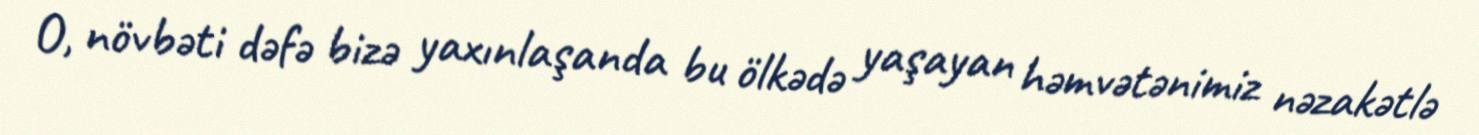
O, növbəti dəfə bizə yaxınlaşanda bu ölkədə yaşayan həmvətənimiz nəzakətlə